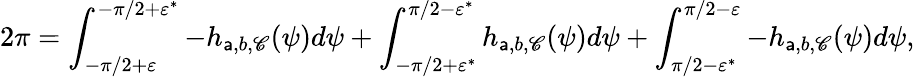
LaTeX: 2\pi=\int_{-\pi/2+\varepsilon}^{-\pi/2+\varepsilon^{*}}-h_{\mathsf{a},b,\mathscr{C}}(\psi)d\psi+\int_{-\pi/2+\varepsilon^{*}}^{\pi/2-\varepsilon^{*}}h_{\mathsf{a},b,\mathscr{C}}(\psi)d\psi+\int_{\pi/2-\varepsilon^{*}}^{\pi/2-\varepsilon}-h_{\mathsf{a},b,\mathscr{C}}(\psi)d\psi,